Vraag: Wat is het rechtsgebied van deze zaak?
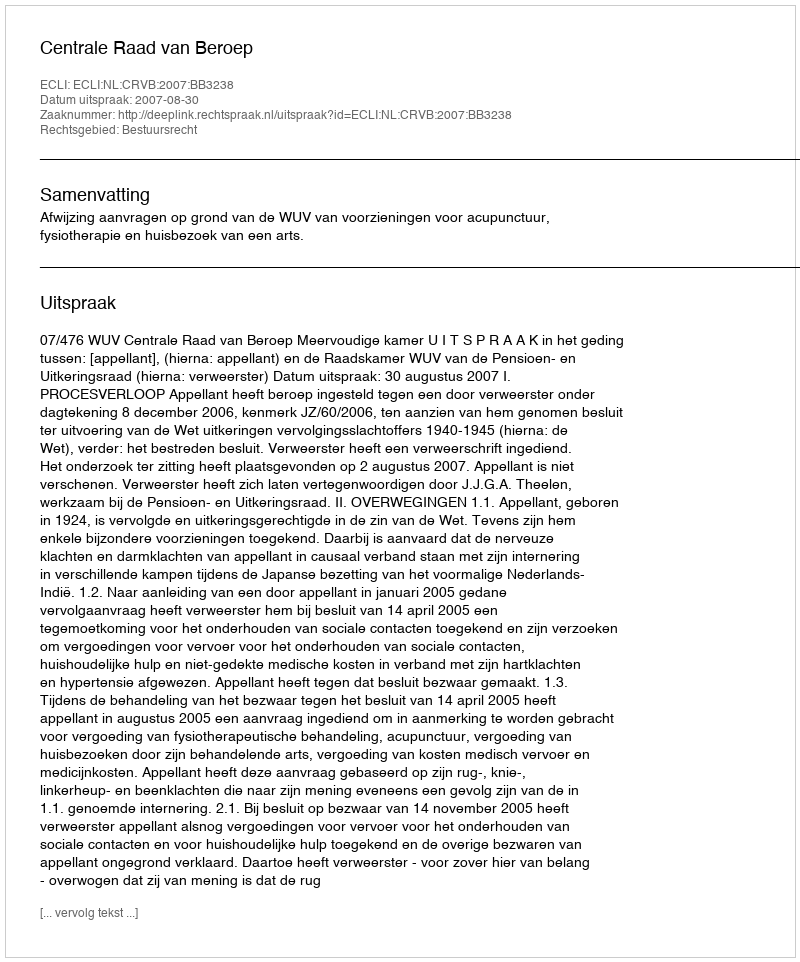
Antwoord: Bestuursrecht